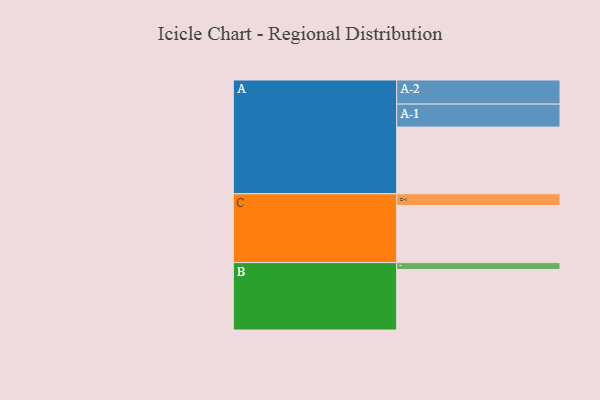
{"axis": {"x": "Segment", "y": "Value"}, "legend": ["", "A", "B", "C"], "data": [{"x": "A", "y": 539, "type": ""}, {"x": "B", "y": 489, "type": ""}, {"x": "C", "y": 462, "type": ""}, {"x": "A-1", "y": 186, "type": "A"}, {"x": "A-2", "y": 195, "type": "A"}, {"x": "B-1", "y": 56, "type": "B"}, {"x": "C-1", "y": 95, "type": "C"}]}